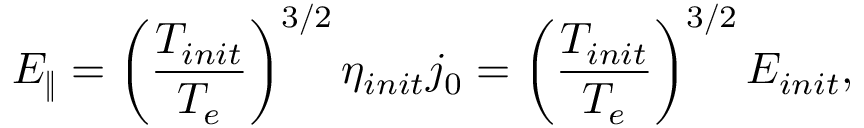
E _ { \Vert } = \left( \frac { T _ { i n i t } } { T _ { e } } \right) ^ { 3 / 2 } \eta _ { i n i t } j _ { 0 } = \left( \frac { T _ { i n i t } } { T _ { e } } \right) ^ { 3 / 2 } E _ { i n i t } ,